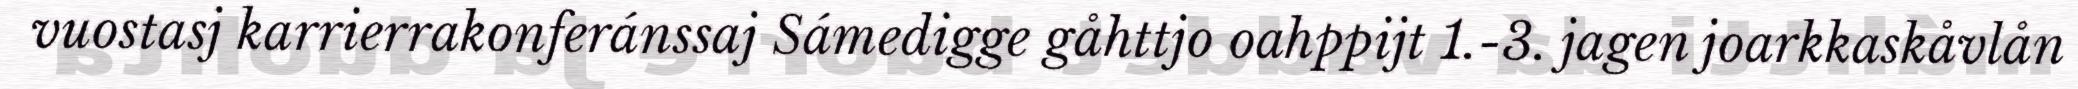
vuostasj karrierrakonferánssaj Sámedigge gåhttjo oahppijt 1.-3. jagen joarkkaskåvlån